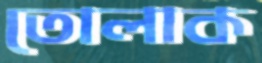
তোলাক